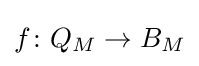
f\colon Q_{M}\to B_{M}